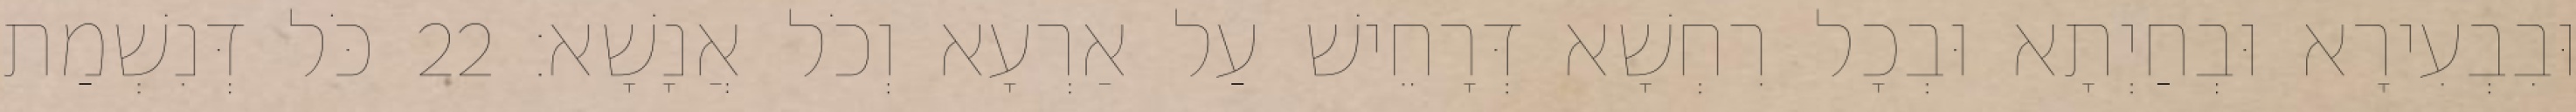
וּבִבְעִירָא וּבְחַיְתָא וּבְכָל רִחְשָׁא דְּרָחֵישׁ עַל אַרְעָא וְכֹל אֲנָשָׁא׃ 22 כֹּל דְּנִשְׁמַת